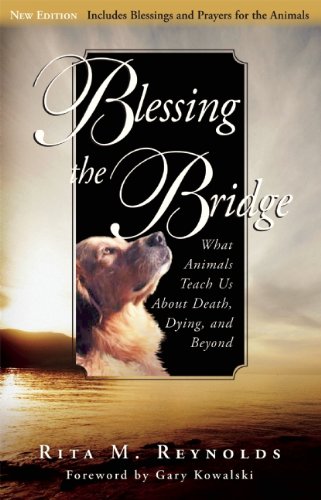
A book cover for Blessing the Bridge: What Animals Teach Us About Death, Dying and Beyond; Rita M. Reynolds; Crafts, Hobbies & Home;